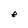
Character: e